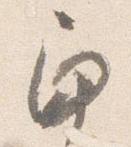
角